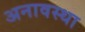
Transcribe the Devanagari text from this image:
अनावस्था